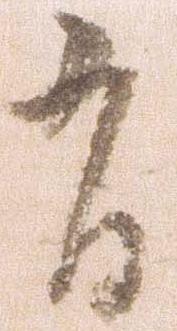
有